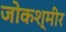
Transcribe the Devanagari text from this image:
जोकश्मीर